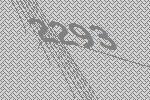
2293